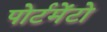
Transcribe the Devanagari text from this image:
पोर्टमेंटो